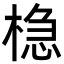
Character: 𬃡